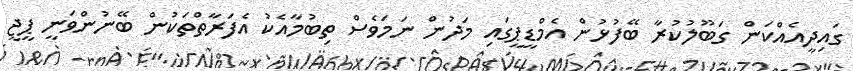
ގައިދީއެއްކަން ގަބޫލުކުރާ ބޭފުޅުން އެމްޑީޕީގައި މަދުން ނަމަވެސް ތިބުމާއެކު އެފަރާތްތަކުން ބޭނުންވަނީ ޕީޖީ